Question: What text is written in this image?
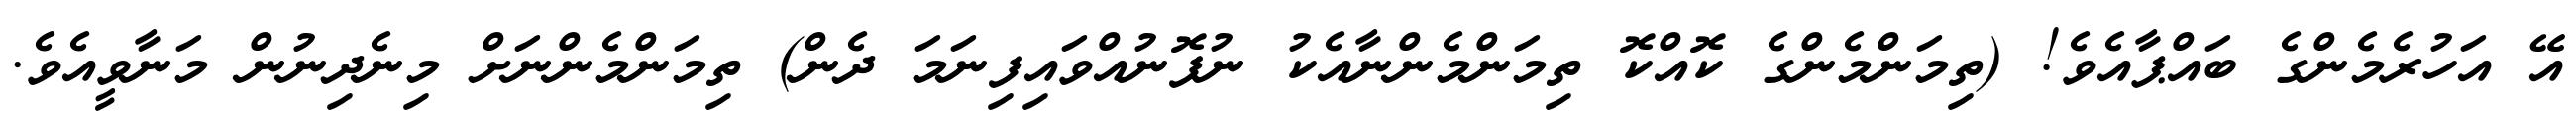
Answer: އޭ އަހުރެމެންގެ ބައްޕާއެވެ! (ތިމަންމެންގެ ކޮއްކޮ ތިމަންމެންނާއެކު ނުފޮނުއްވައިފިނަމަ ދެން) ތިމަންމެންނަށް މިނެދިނުން މަނާވީއެވެ.